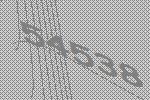
54538